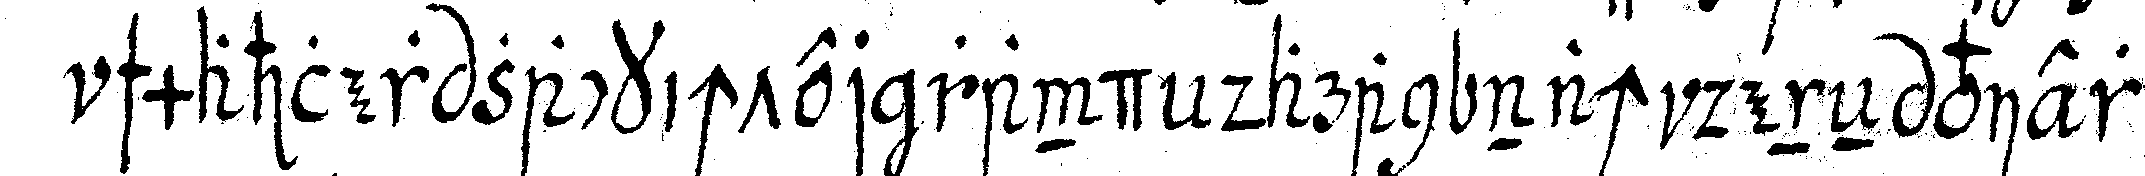
schmahler zackichter rand daran nach deneN vier